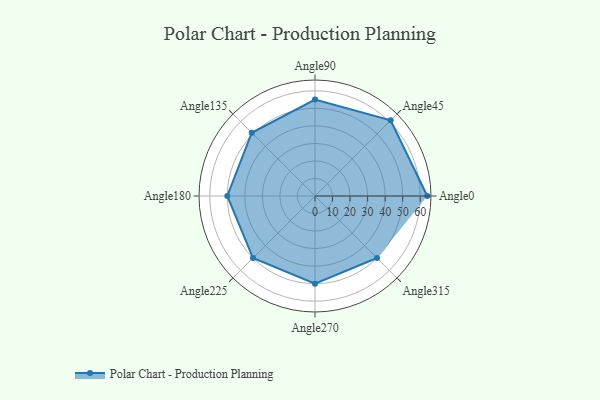
{"axis": {"x": "Angle", "y": "Radius"}, "legend": [""], "data": [{"x": "Angle0", "y": 64.0, "type": ""}, {"x": "Angle45", "y": 61.0, "type": ""}, {"x": "Angle90", "y": 55.0, "type": ""}, {"x": "Angle135", "y": 51.0, "type": ""}, {"x": "Angle180", "y": 50, "type": ""}, {"x": "Angle225", "y": 50, "type": ""}, {"x": "Angle270", "y": 50, "type": ""}, {"x": "Angle315", "y": 50, "type": ""}]}